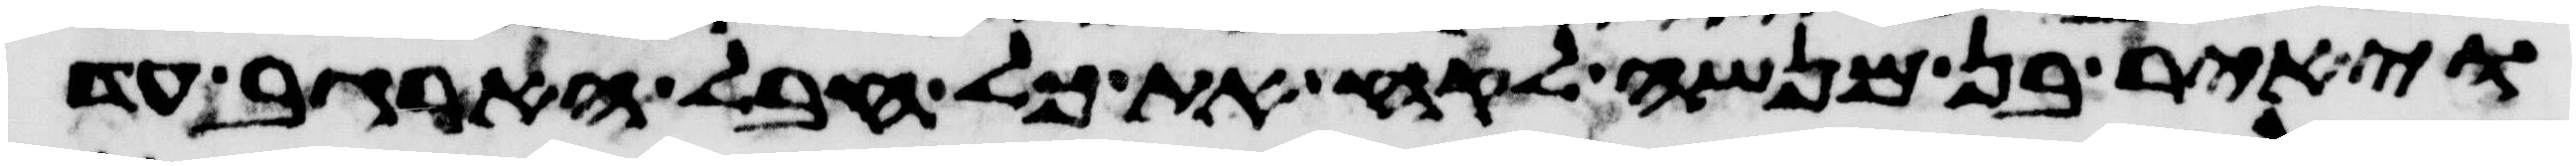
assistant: ויאיר בן מנשה לקח את כל חבל הארגב עד